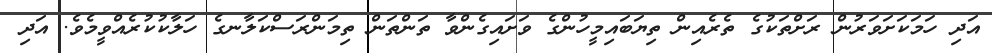
އަދި ހަމަކަށަވަރުން ރަށްތަކުގެ ތެރެއިން ތިޔަބައިމީހުންގެ ވަށައިގެންވާ ތަންތަން ތިމަންރަސްކަލާނގެ ހަލާކުކުރެއްވީމެވެ. އަދި